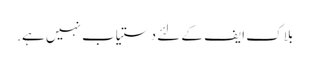
بلاک ایف کے لئے دستیاب نہیں ہے.